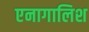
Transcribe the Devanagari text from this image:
एनागालिश